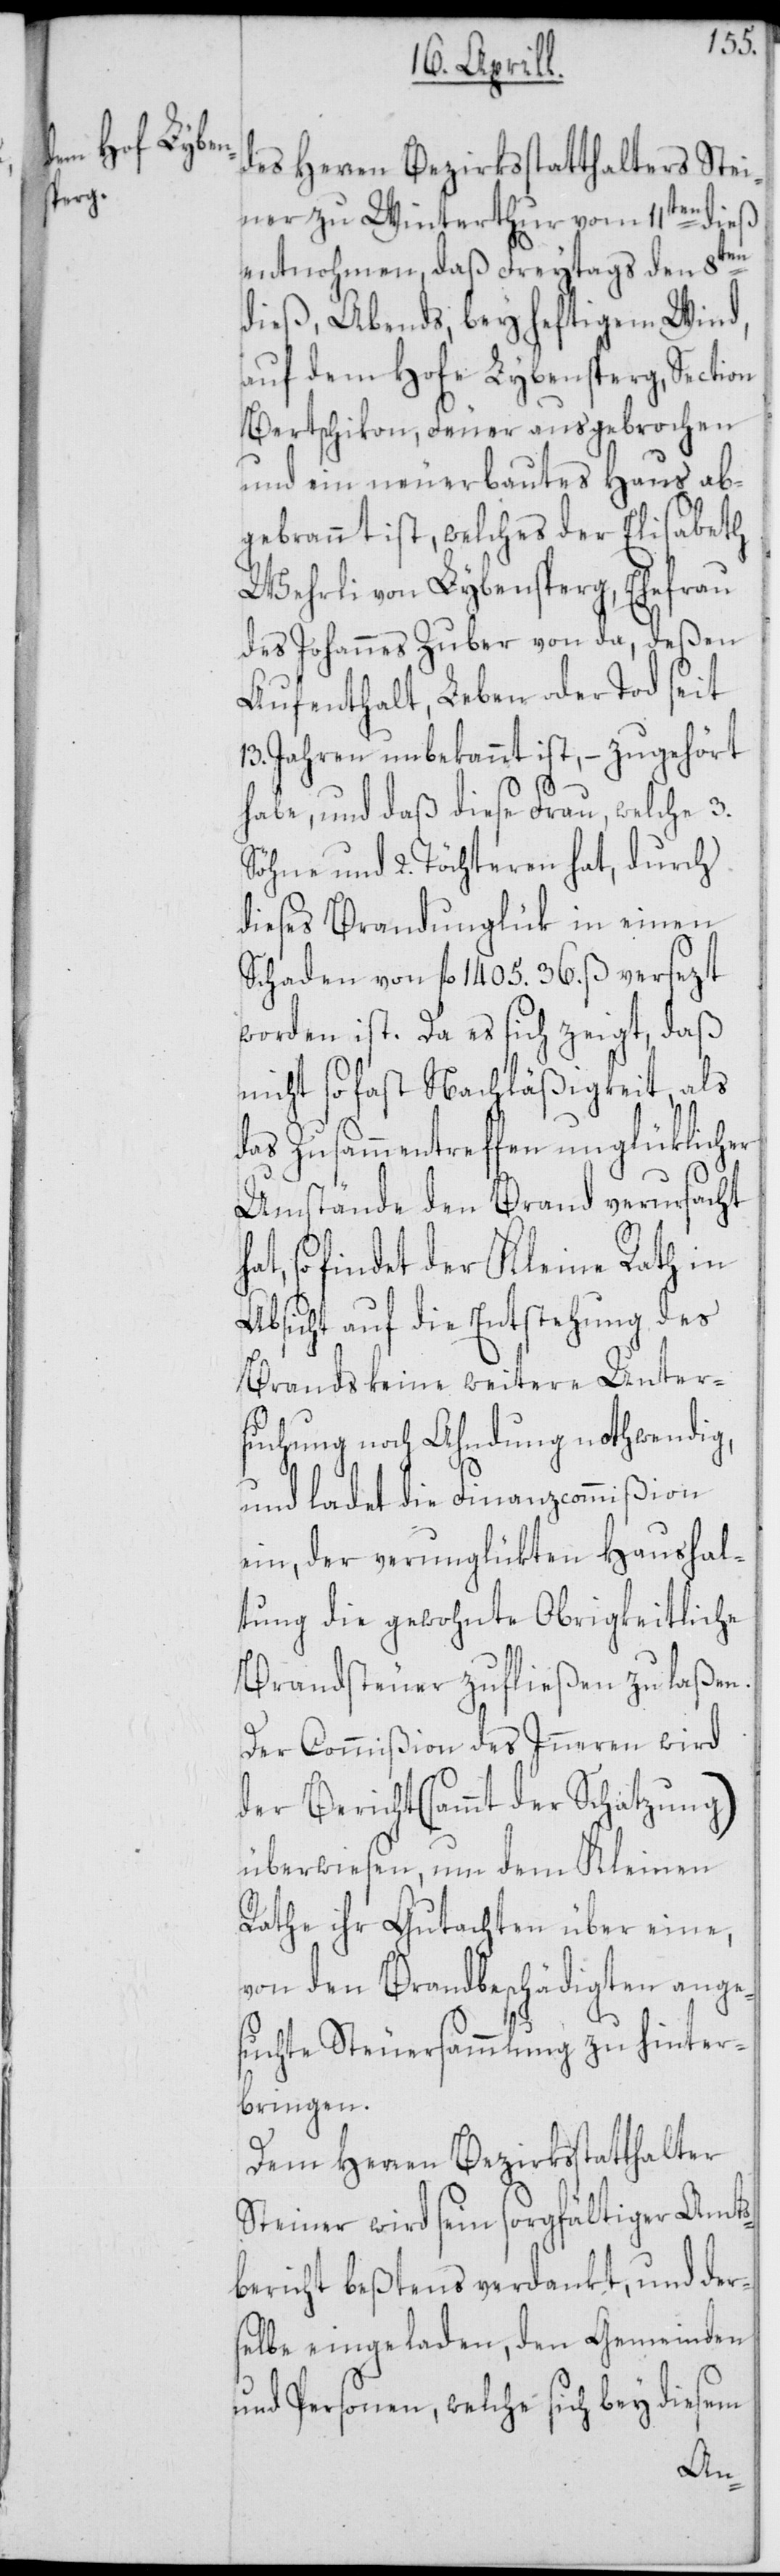
des Herren Bezirksstatthalters Stei¬
ner zu Winterthur vom 11ten dieß
entnohmen, daß Freytags den 8ten
dieß, Abends, bey heftigem Wind,
auf dem Hofe Lybensperg, Section
Bertschikon, Feuer ausgebrochen
und ein neuerbautes Haus ab¬
gebrannt ist, welches der Elisabeth
Wehrli von Lybensperg, Ehefrau
des Johannes Zuber von da, deßen
Aufenthalt, Leben oder Tod seit
13. Jahren unbekannt ist, – zugehört
habe, und daß diese Frau, welche 3.
Söhne und 2. Töchteren hat, durch
dieses Brandunglük in einen
Schaden von fl. 1405. 36. ß versezt
worden ist. Da es sich zeigt, daß
nicht so fast Nachläßigkeit, als
das Zusammentreffen unglüklicher
Umstände den Brand verursacht
so findet der Kleine Rath in
Absicht auf die Entstehung des
Brands keine weitere Unter¬
suchung noch Ahndung nothwendig,
und ladet die Finanzcommißion
ein, der verunglükten Haushal¬
tung die gewohnte Obrigkeitliche
Brandsteuer zufließen zu laßen.
Der Commißion des Inneren wird
der Bericht (sammt der Schatzung)
überwiesen, um dem Kleinen
Rathe ihr Gutachten über eine,
von den Brandbeschädigten ange¬
suchte Steuersammlung zu hinter¬
bringen.
Dem Herren Bezirksstatthalter
Steiner wird sein sorgfältiger Amts¬
bericht beßtens verdankt und der¬
selbe eingeladen, den Gemeinden
und Personen, welche sich bey diesem